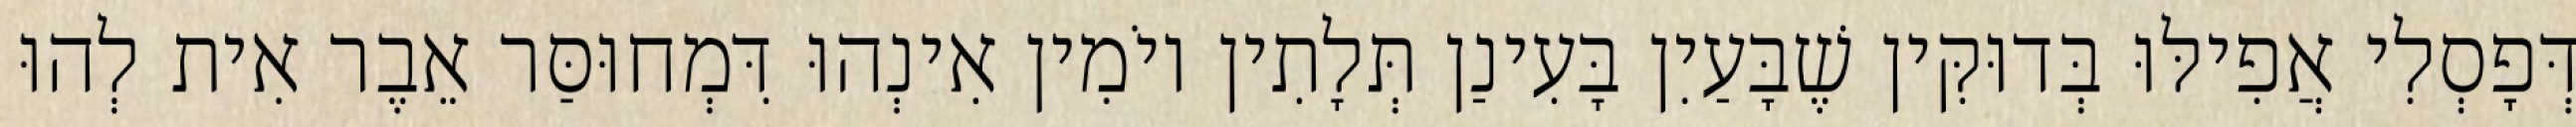
דְּפָסְלִי אֲפִילּוּ בְּדוּקִּין שֶׁבָּעַיִן בָּעִינַן תְּלָתִין יוֹמִין אִינְהוּ דִּמְחוּסַּר אֵבֶר אִית לְהוּ